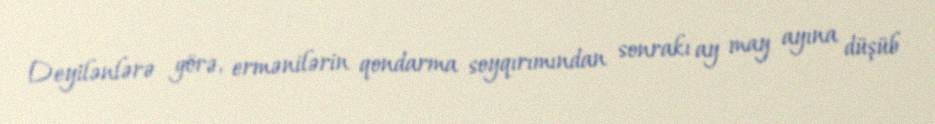
Deyilənlərə görə, ermənilərin qondarma soyqırımından sonrakı ay may ayına düşüb